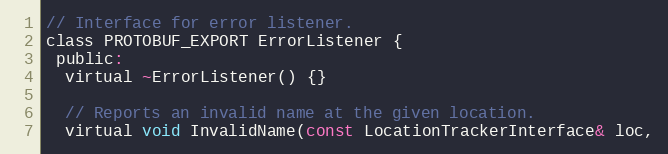
Language: C
// Interface for error listener.
class PROTOBUF_EXPORT ErrorListener {
 public:
  virtual ~ErrorListener() {}

  // Reports an invalid name at the given location.
  virtual void InvalidName(const LocationTrackerInterface& loc,